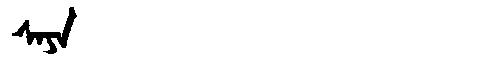
Manchu: ᠰᠠᠶᠠ
Romanization: SAYA